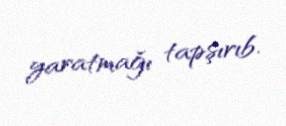
yaratmağı tapşırıb.